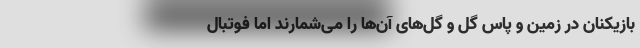
بازیکنان در زمین و پاس گل و گل‌های آن‌ها را می‌شمارند اما فوتبال